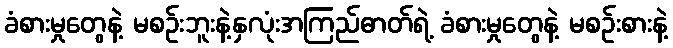
ခံစားမှုတွေနဲ့ မစဉ်းဘူးနဲ့နှလုံးအကြည်ဓာတ်ရဲ့ ခံစားမှုတွေနဲ့ မစဉ်းစားနဲ့